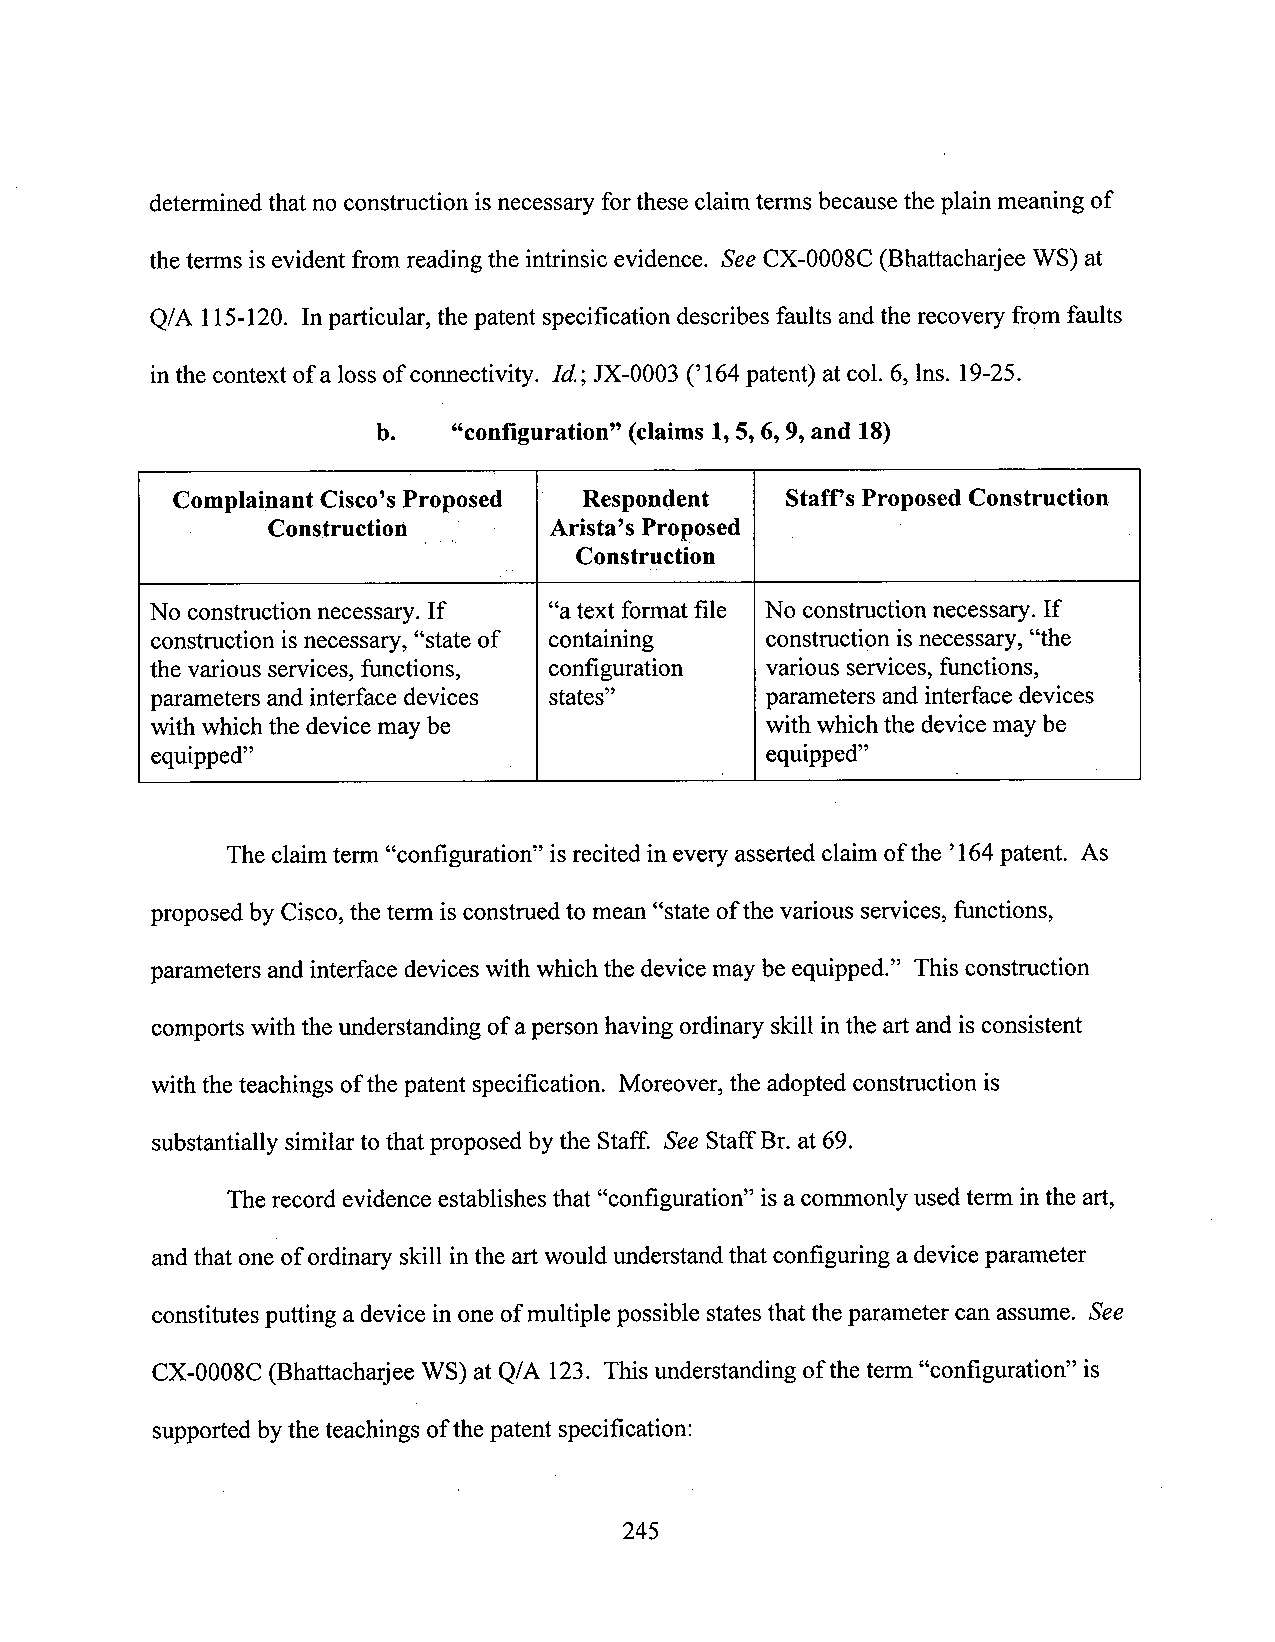
detennined thatno construction isnecessary forthese claimterms becausethe plain meaning of
 the tenns is evident from reading the intrinsic evidence. See CX-0008C (Bhattacharjee WS) at
 Q/A 115-120. Inparticular, the patent specification describes faults andthe recovery from faults
 inthe context of a loss of connectivity. Id.; JX-0003 (’164patent) at col. 6, lns. 19-25.
 b.   “configuration” (claims 1,5,6,9,and 18)
 Complainant Cisco’sProposed Respondent   Staff’sProposed Construction­
 Construction __M  Arista’s Proposed
 Construction
 No construction necessary. If “atext format file No constructionnecessary. If
 constmction is necessary, “state of containing construction isnecessary, “the
 the various services, functions, configuration various services, functions,
 parameters and interface devices states” parameters and interface devices
 with which the device may be             with which the devicemay be
 equipped”                                equipped”
 The claimterm “configuration” is recited in every assertedclaim ofthe ’l64 patent. As
 proposed by Cisco,the term is construed to mean “state ofthe various services, functions,
 parameters and interface devices with which the device maybe equipped.” This construction
 comports with the understanding of aperson having ordinary skill inthe art and is consistent
 with the teachings ofthe patent specification. Moreover, the adopted construction is
 substantially similar to that proposed bythe Staff. See Staff Br. at 69.
 The record evidence establishes that “configuration” is a commonly used term inthe art,
 andthat one ofordinary skill inthe artwould understandthat configuring a deviceparameter
 constitutes putting a device in one ofmultiple possible statesthat theparameter can assume. See
 CX-0008C (Bhattacharjee WS) at Q/A 123. This understanding ofthe tenn “configuration” is
 supportedbythe teachings ofthe patent specification:
 245